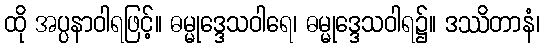
ထို အပ္ပနာဝါရဖြင့်။ ဓမ္မုဒ္ဒေသဝါရေ၊ ဓမ္မုဒ္ဒေသဝါရ၌။ ဒဿိတာနံ၊